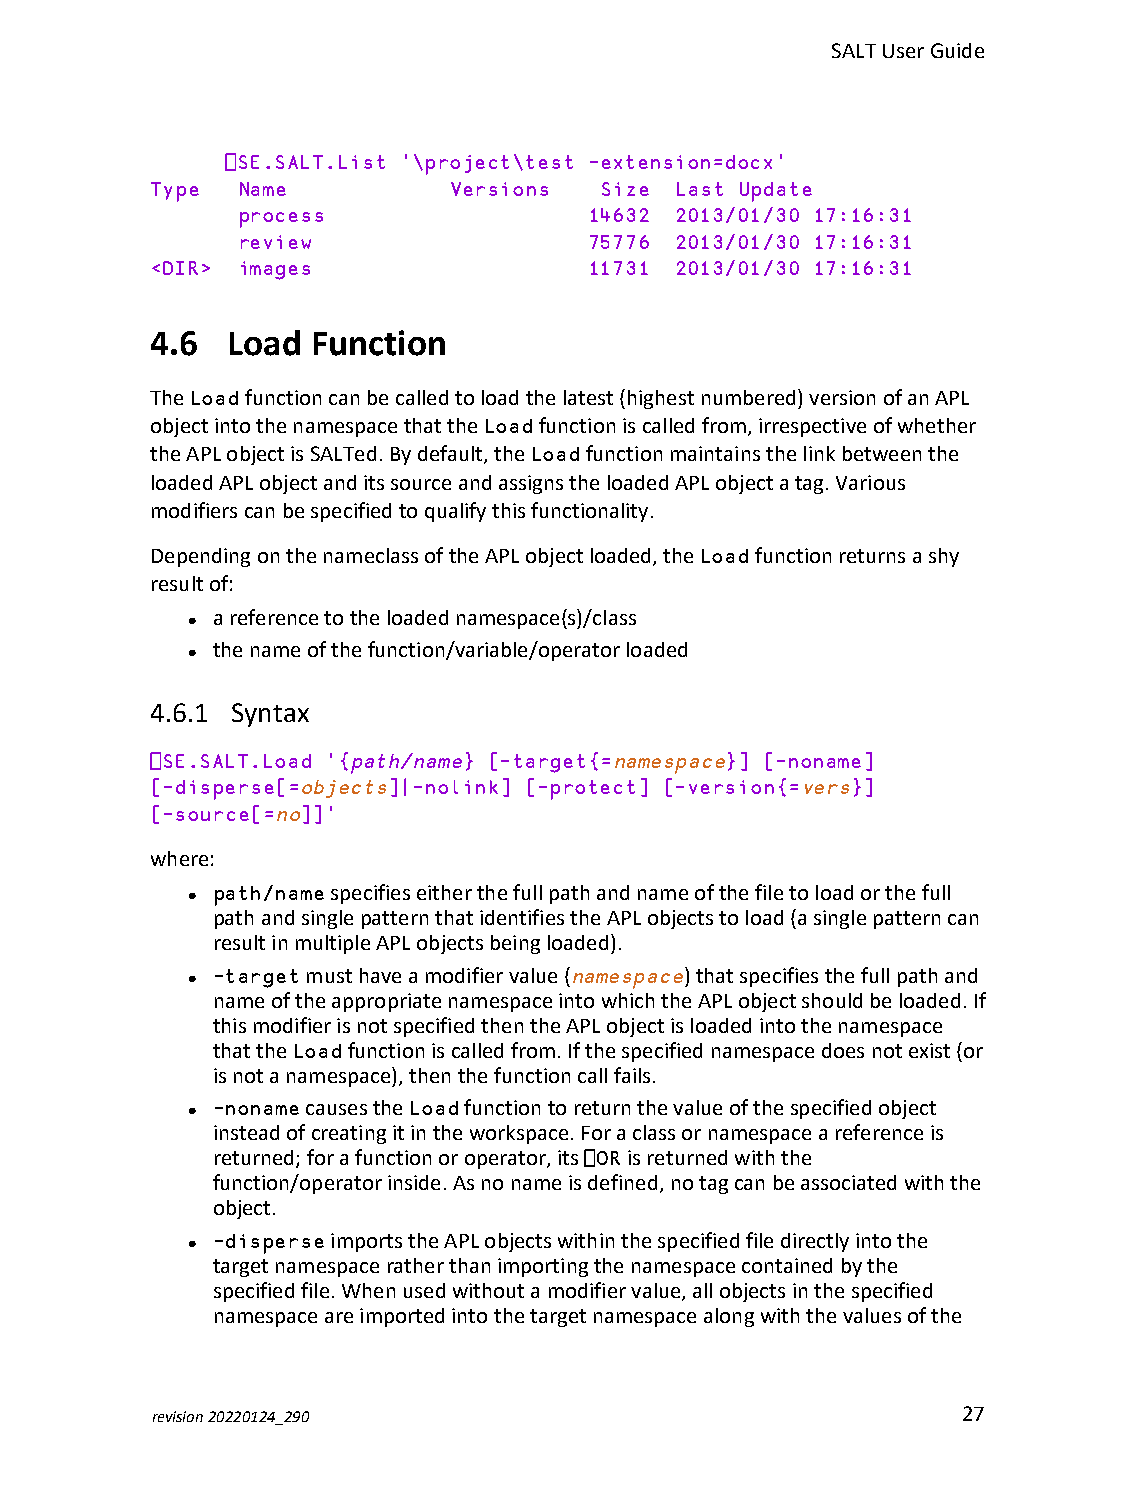
SALTUserGuide
 ⎕SE.SALT.List '\project\test –extension=docx'
 Type  Name          Versions  Size Last Update
 process                14632 2013/01/30 17:16:31
 review                 75776 2013/01/30 17:16:31
 <DIR> images                 11731 2013/01/30 17:16:31
 4.6  Load  Function
 TheLoadfunctioncanbecalledtoloadthelatest(highestnumbered)versionofanAPL
 objectintothenamespacethattheLoadfunctioniscalledfrom,irrespectiveofwhether
 theAPLobjectisSALTed.Bydefault,theLoadfunctionmaintainsthelinkbetweenthe
 loadedAPLobjectanditssourceandassignstheloadedAPLobjectatag.Various
 modifierscanbespecifiedtoqualifythisfunctionality.
 DependingonthenameclassoftheAPLobjectloaded,theLoadfunctionreturnsashy
 resultof:
 areferencetotheloadednamespace(s)/class
 l
 thenameofthefunction/variable/operatorloaded
 l
 4.6.1 Syntax
 ⎕SE.SALT.Load '{path/name} [-target{=namespace}] [-noname]
 [-disperse[=objects]|-nolink] [-protect] [-version{=vers}]
 [-source[=no]]'
 where:
 path/namespecifieseitherthefullpathandnameofthefiletoloadorthefull
 l
 pathandsinglepatternthatidentifiestheAPLobjectstoload(asinglepatterncan
 resultinmultipleAPLobjectsbeingloaded).
 -targetmusthaveamodifiervalue(namespace)thatspecifiesthefullpathand
 l
 nameoftheappropriatenamespaceintowhichtheAPLobjectshouldbeloaded.If
 thismodifierisnotspecifiedthentheAPLobjectisloadedintothenamespace
 thattheLoadfunctioniscalledfrom.Ifthespecifiednamespacedoesnotexist(or
 isnotanamespace),thenthefunctioncallfails.
 -nonamecausestheLoadfunctiontoreturnthevalueofthespecifiedobject
 l
 insteadofcreatingitintheworkspace.Foraclassornamespaceareferenceis
 returned;forafunctionoroperator,its⎕ORisreturnedwiththe
 function/operatorinside.Asnonameisdefined,notagcanbeassociatedwiththe
 object.
 -disperseimportstheAPLobjectswithinthespecifiedfiledirectlyintothe
 l
 targetnamespaceratherthanimportingthenamespacecontainedbythe
 specifiedfile.Whenusedwithoutamodifiervalue,allobjectsinthespecified
 namespaceareimportedintothetargetnamespacealongwiththevaluesofthe
 revision20220124_290                                  27